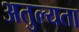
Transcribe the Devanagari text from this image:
अतुल्यता